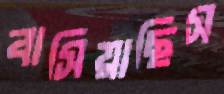
বাসিয়াছিস